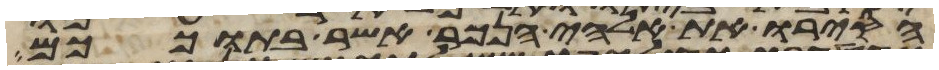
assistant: הסירו את אלהי הנכר אשר בתוככם